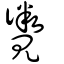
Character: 覹